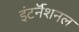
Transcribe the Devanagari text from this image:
इंटर्नॅशनल